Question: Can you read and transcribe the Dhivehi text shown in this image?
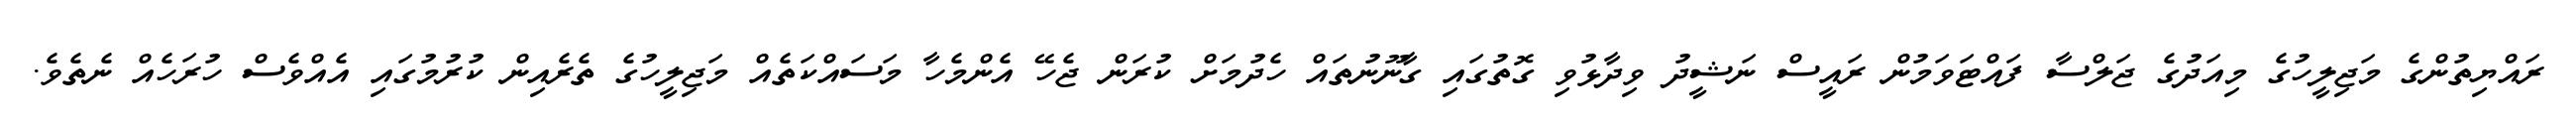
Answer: ރައްޔިތުންގެ މަޖިލީހުގެ މިއަދުގެ ޖަލްސާ ފައްޓަވަމުން ރައީސް ނަޝީދު ވިދާޅުވި ގޮތުގައި ގާނޫނުތައް ހެދުމަށް ކުރަން ޖެހޭ އެންމެހާ މަސައްކަތެއް މަޖިލީހުގެ ތެރެއިން ކުރުމުގައި އެއްވެސް ހުރަހެއް ނެތެވެ.